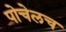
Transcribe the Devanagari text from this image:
पोचेलच